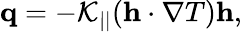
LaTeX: \mathbf{q}=-\mathcal{K}_{||}(\mathbf{h}\cdot\nabla T)\mathbf{h},